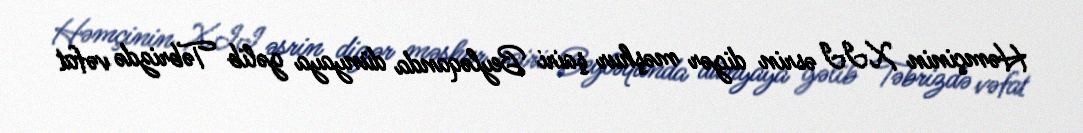
Həmçinin XII əsrin digər məşhur şairi Beyləqanda dünyaya gəlib Təbrizdə vəfat